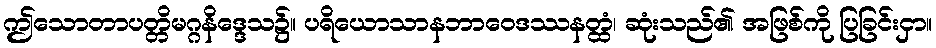
ဤသောတာပတ္တိမဂ္ဂနိဒ္ဒေသ၌။ ပရိယောသာနဘာဝေဒဿနတ္ထံ၊ ဆုံးသည်၏ အဖြစ်ကို ပြခြင်းငှာ။